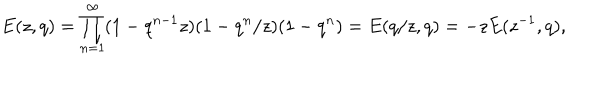
E ( z , q ) = \prod _ { n = 1 } ^ { \infty } ( 1 - q ^ { n - 1 } z ) ( 1 - q ^ { n } / z ) ( 1 - q ^ { n } ) = E ( q / z , q ) = - z E ( z ^ { - 1 } , q ) ,